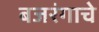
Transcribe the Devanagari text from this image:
बजरंगाचे